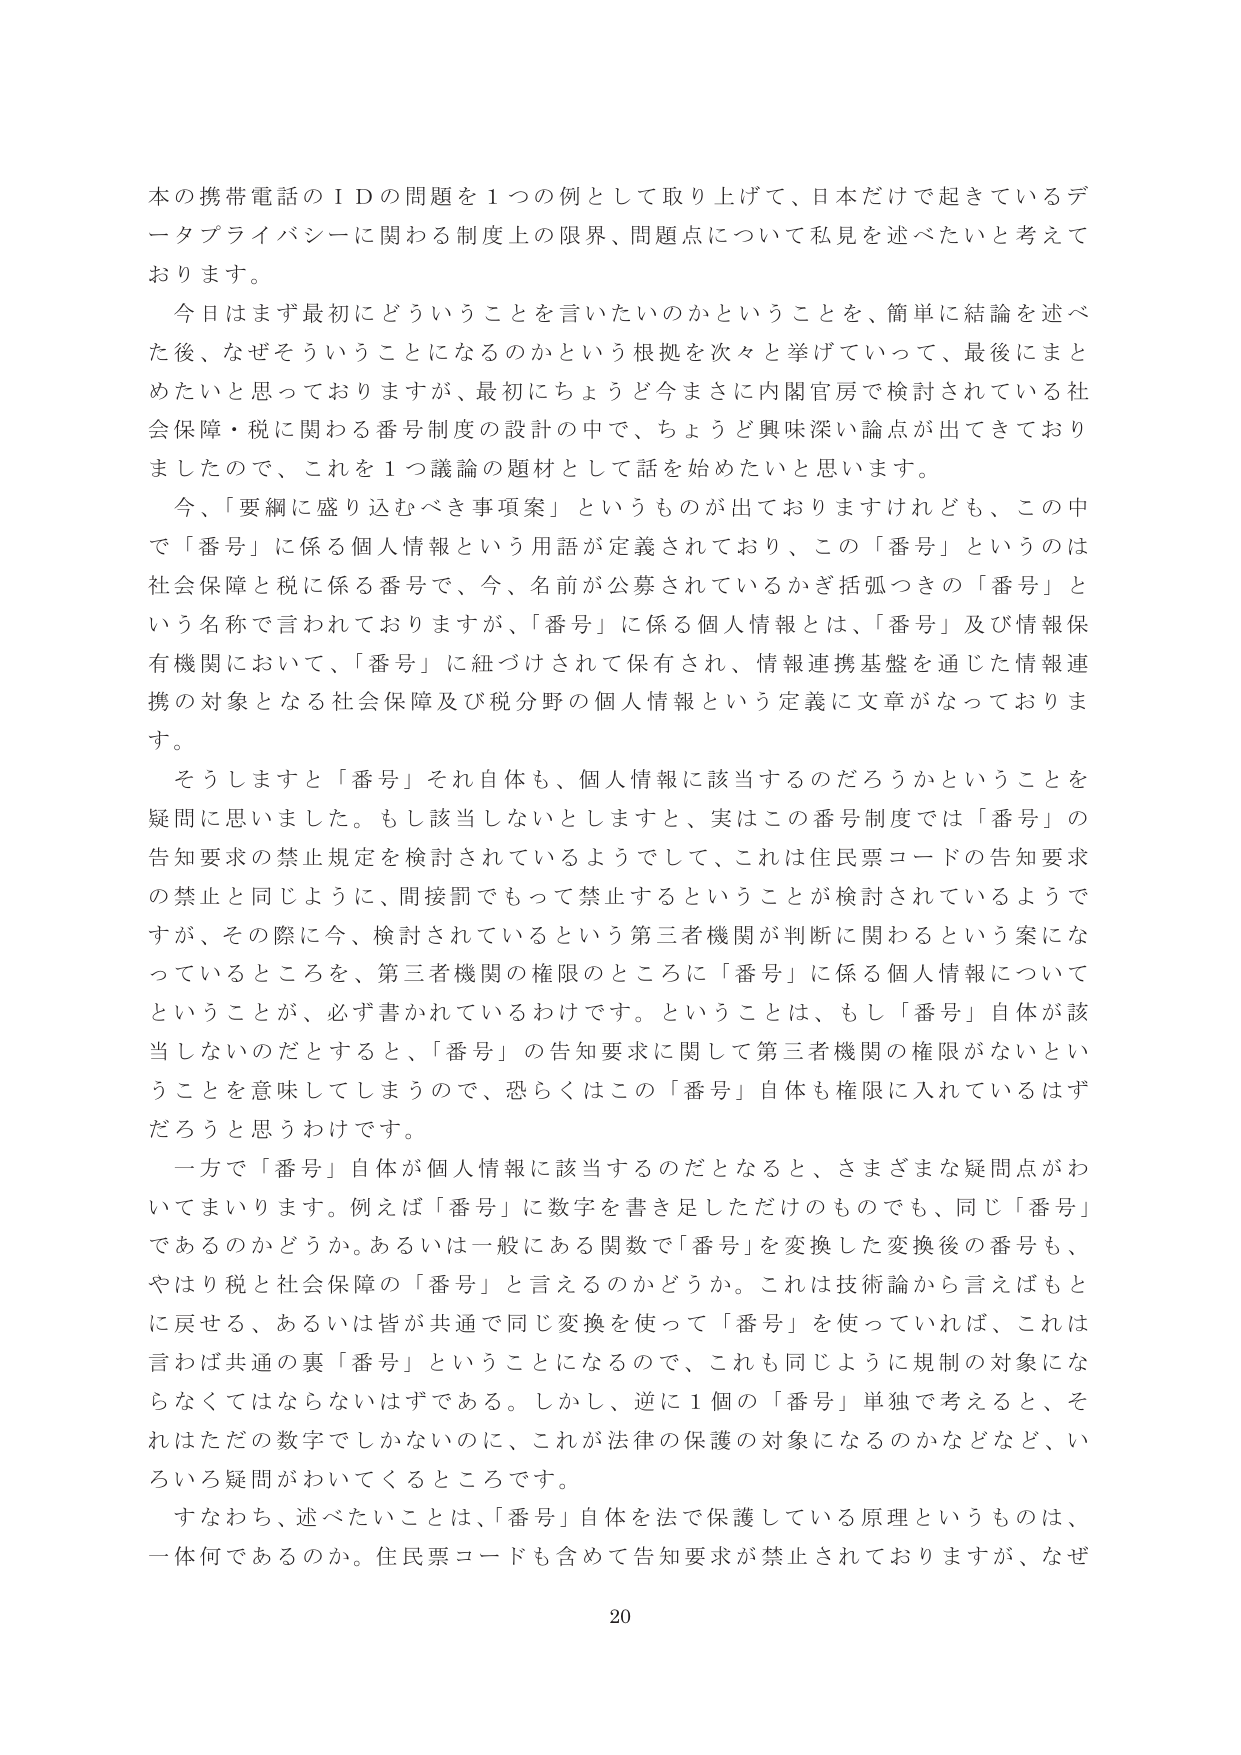
本の携帯電話のＩＤの問題を１つの例として取り上げて、日本だけで起きているデータプライバシーに関わる制度上の限界、問題点について私見を述べたいと考えております。

今日はまず最初にどういうことを言いたいのかということを、簡単に結論を述べた後、なぜそういうことになるのかという根拠を次々と挙げていって、最後にまとめたいと思っておりますが、最初にちょうど今まさに内閣官房で検討されている社会保障・税に関わる番号制度の設計の中で、ちょうど興味深い論点が出てきておりましたので、これを１つ議論の題材として話を始めたいと思います。

今、「要綱に盛り込むべき事項案」というものが出ておりますけれども、この中で「番号」に係る個人情報という用語が定義されており、この「番号」というのは社会保障と税に係る番号で、今、名前が公募されているかぎ括弧つきの「番号」という名称で言われておりますが、「番号」に係る個人情報とは、「番号」及び情報保有機関において、「番号」に紐づけされて保有され、情報連携基盤を通じた情報連携の対象となる社会保障及び税分野の個人情報という定義に文章がなっております。

そうしますと「番号」それ自体も、個人情報に該当するのだろうかということを疑問に思いました。もし該当しないとしますと、実はこの番号制度では「番号」の告知要求の禁止規定を検討されているようでして、これは住民票コードの告知要求の禁止と同じように、間接罰でもって禁止するということが検討されているようですが、その際に今、検討されているという第三者機関が判断に関わるという案になっているところを、第三者機関の権限のところに「番号」に係る個人情報についてということが、必ず書かれているわけです。ということは、もし「番号」自体が該当しないのだとすると、「番号」の告知要求に関して第三者機関の権限がないということを意味してしまうので、恐らくはこの「番号」自体も権限に入れているはずだろうと思うわけです。

一方で「番号」自体が個人情報に該当するのだとなると、さまざまな疑問点がわいてまいります。例えば「番号」に数字を書き足しただけのものでも、同じ「番号」であるのかどうか。あるいは一般にある関数で「番号」を変換した変換後の番号も、やはり税と社会保障の「番号」と言えるのかどうか。これは技術論から言えばもとに戻せる、あるいは皆が共通で同じ変換を使って「番号」を使っていれば、これは言わば共通の裏「番号」ということになるので、これも同じように規制の対象にならなくてはならないはずである。しかし、逆に１個の「番号」単独で考えると、それはただの数字でしかないのに、これが法律の保護の対象になるのかなどなど、いろいろ疑問がわいてくるところです。

すなわち、述べたいことは、「番号」自体を法で保護している原理というものは、一体何であるのか。住民票コードも含めて告知要求が禁止されておりますが、なぜ

20